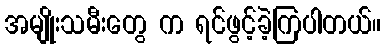
အမျိုးသမီးတွေ က ရင်ဖွင့်ခဲ့ကြပါတယ်။